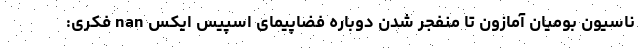
ناسیون بومیان آمازون تا منفجر شدن دوباره فضاپیمای اسپیس ایکس nan فکری: